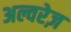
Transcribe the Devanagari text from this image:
अल्वरेज़